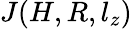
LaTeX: J(H,R,l_{z})